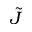
\tilde { J }